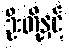
ဦးတို့နှင့်